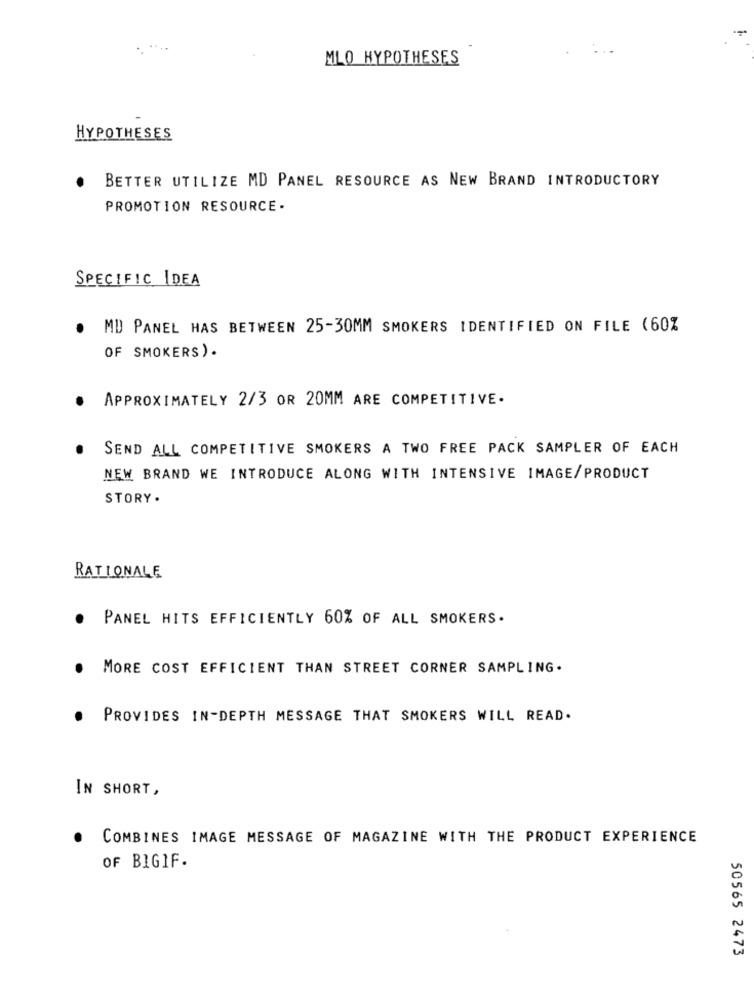
MLO HYPOTHESES
HYPOTHESES
BETTER UTILIZE MD PANEL RESOURCE AS NEW BRAND INTRODUCTORY
PROMOTION RESOURCE-
SPECIFIC IDEA
. MD PANEL HAS BETWEEN 25-30MM SMOKERS IDENTIFIED ON FILE (60%
OF SMOKERS).
APPROXIMATELY 2/3 OR 20MM ARE COMPETITIVE .
SEND ALL COMPETITIVE SMOKERS A TWO FREE PACK SAMPLER OF EACH
NEW BRAND WE INTRODUCE ALONG WITH INTENSIVE IMAGE/PRODUCT
STORY .
RATIONALE
PANEL HITS EFFICIENTLY 60% OF ALL SMOKERS.
MORE COST EFFICIENT THAN STREET CORNER SAMPLING.
PROVIDES IN-DEPTH MESSAGE THAT SMOKERS WILL READ.
IN SHORT,
COMBINES IMAGE MESSAGE OF MAGAZINE WITH THE PRODUCT EXPERIENCE
OF BIGIF.
50565 2473